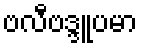
ဗလီဗဒ္ဒူပမာ